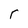
Character: r